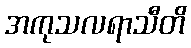
အကုသလရာသီတိ